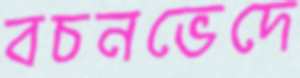
বচনভেদে